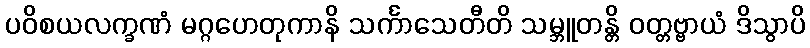
ပဝိစယလက္ခဏံ မဂ္ဂဟေတုကာနိ သင်္ကာသေတီတိ သမ္ဘူတန္တိ ဝတ္တဗ္ဗာယံ ဒိသွာပိ